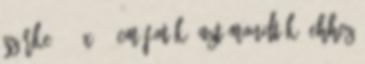
szürke, 24 x 65 cm Fotók: azt mondták, ehhez